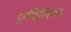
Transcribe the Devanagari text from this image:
एपिसियन